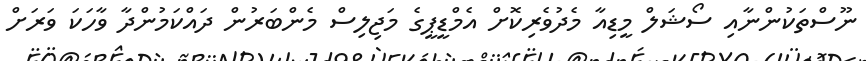
ނޫސްތަކުންނާއި ސޯޝަަލް މީޑިއާ މެދުވެރިކޮށް އެމްޑީޕީގެ މަޖިލިސް މެންބަރުން ދައްކަމުންދާ ވާހަކަ ވަރަށް